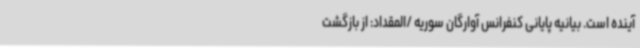
آینده است. بیانیه پایانی کنفرانس آوارگان سوریه /المقداد: از بازگشت